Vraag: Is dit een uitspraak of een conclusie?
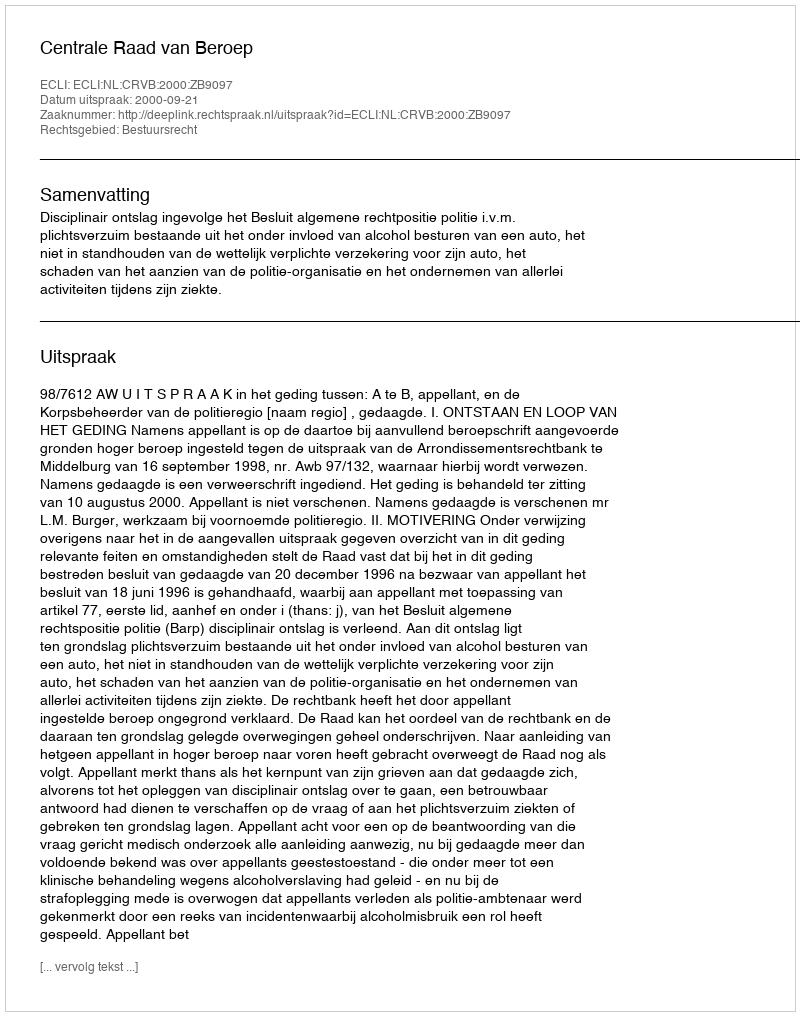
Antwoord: Uitspraak